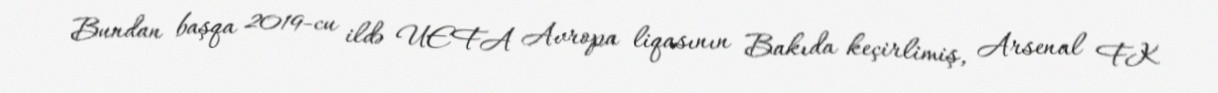
Bundan başqa 2019-cu ildə UEFA Avropa liqasının Bakıda keçirlimiş, Arsenal FK